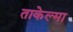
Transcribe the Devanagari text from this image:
ताकेल्मा